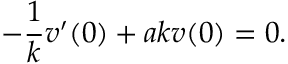
- { \frac { 1 } { k } } v ^ { \prime } ( 0 ) + a k v ( 0 ) = 0 .